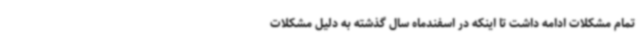
تمام مشکلات ادامه داشت تا اینکه در اسفندماه سال گذشته به دلیل مشکلات